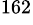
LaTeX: ^{162}